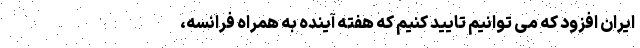
ایران افزود که می توانیم تایید کنیم که هفته آینده به همراه فرانسه،